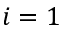
i = 1